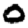
Digit: 0